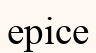
ерісе